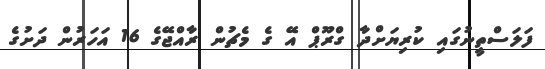
ފަލަސްތީނުގައި ކުރިޔަށްދާ ގްރޫޕް އޭ ގެ މެޗުން ރާއްޖޭގެ 16 އަހަރުން ދަށުގެ